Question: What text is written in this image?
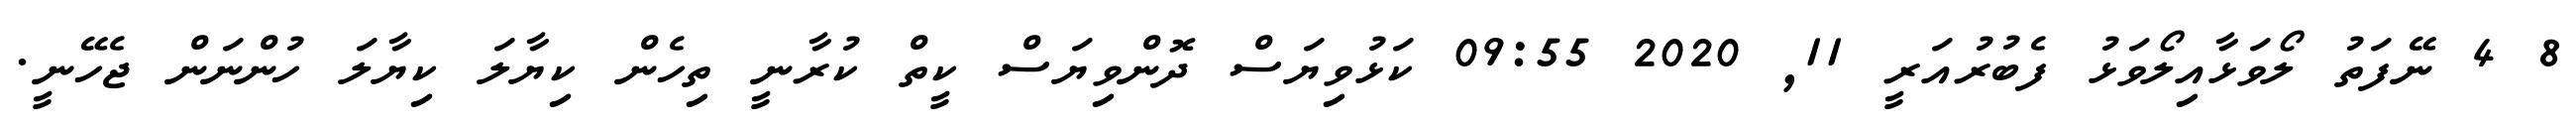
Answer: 8 4 ނޭފަތު ލޯވަޅާއިލޯވަޅު ފެބުރުއަރީ 11, 2020 09:55 ކަޅުވިޔަސް ދޮންވިޔަސް ކީތް ކުރާނީ ތިހެން ކިޔާލަ ކިޔާލަ ހުންނަން ޖެހޭނީ.